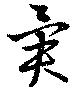
異